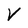
Character: V